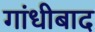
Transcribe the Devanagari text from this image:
गांधीबाद